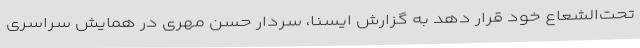
تحت‌الشعاع خود قرار دهد به گزارش ایسنا، سردار حسن مهری در همایش سراسری